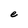
Character: e